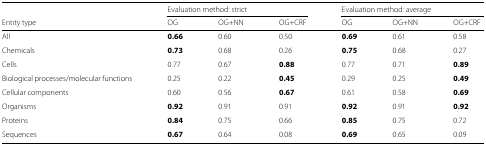
|  | <COLSPAN=3> Evaluation method: strict | <COLSPAN=3> Evaluation method: average |
 | Entity type | OG | OG+NN | OG+CRF | OG | OG+NN | OG+CRF |
 | --- | --- | --- | --- | --- | --- | --- |
 | All | 0.66 | 0.60 | 0.50 | 0.69 | 0.61 | 0.58 |
 | Chemicals | 0.73 | 0.68 | 0.26 | 0.75 | 0.68 | 0.27 |
 | Cells | 0.77 | 0.67 | 0.88 | 0.77 | 0.71 | 0.89 |
 | Biological processes/molecular functions | 0.25 | 0.22 | 0.45 | 0.29 | 0.25 | 0.49 |
 | Cellular components | 0.60 | 0.56 | 0.67 | 0.61 | 0.58 | 0.69 |
 | Organisms | 0.92 | 0.91 | 0.91 | 0.92 | 0.91 | 0.92 |
 | Proteins | 0.84 | 0.75 | 0.66 | 0.85 | 0.75 | 0.72 |
 | Sequences | 0.67 | 0.64 | 0.08 | 0.69 | 0.65 | 0.09 |